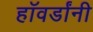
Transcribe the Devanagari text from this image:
हॉवर्डांनी